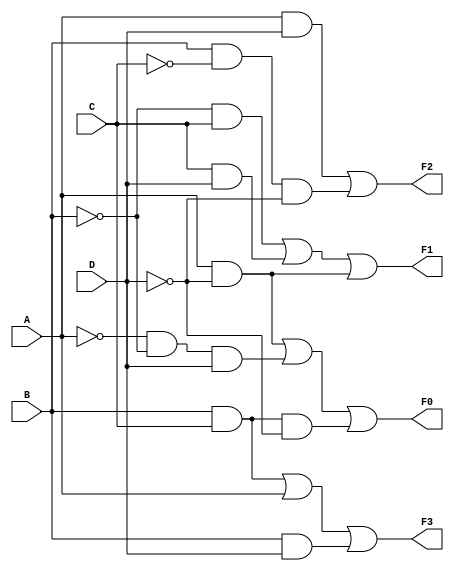
`timescale 1ns / 1ps
//////////////////////////////////////////////////////////////////////////////////
// Company: 
// Engineer: 
// 
// Design Name: 
// Module Name: Bloque_convertidor
// Project Name: 
// Target Devices: 
// Tool Versions: 
// Description: 
// 
// Dependencies: 
// 
// Revision:
// Revision 0.01 - File Created
// Additional Comments:
// 
//////////////////////////////////////////////////////////////////////////////////

module Bloque_convertidor(
   input A,B,C,D,
   output F3,F2,F1,F0
    );
    assign F3=(B&&C)||(A)||(B&&D);
    assign F2=(A&&D)||(B&&~C&&~D);
    assign F1=(~B&&C)||(C&&D)||(A&&~D);
    assign F0=(A&&~D)||(~A&&~B&&D)||(B&&C&&~D);
    
endmodule